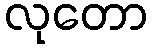
လုတော